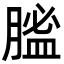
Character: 𦞟